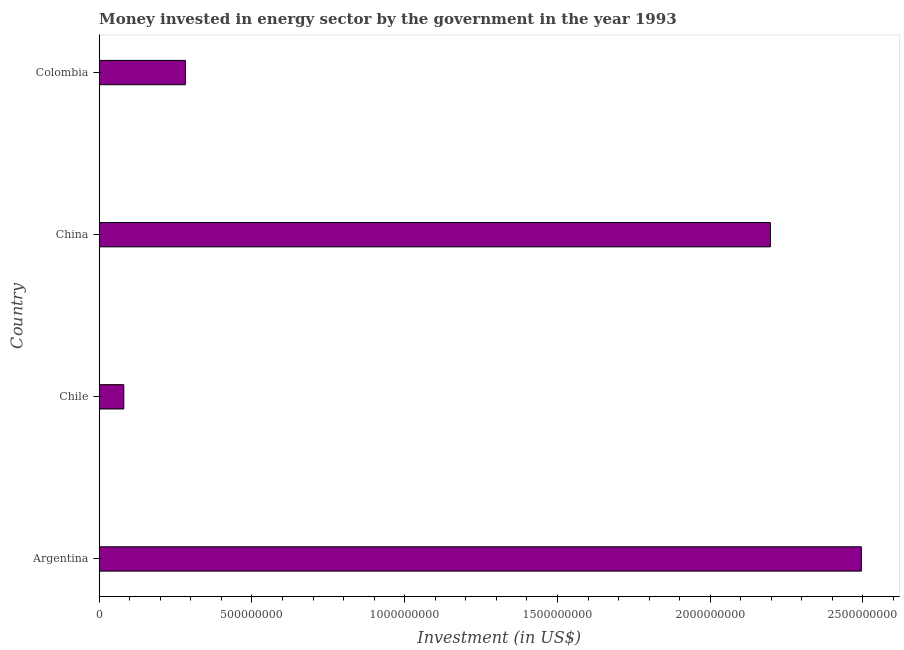
| Country | Investment in energy with private participation (current US$) |
 | --- | --- |
 | Argentina | 2.49e+09 |
 | Chile | 8.05e+07 |
 | China | 2.2e+09 |
 | Colombia | 2.82e+08 |